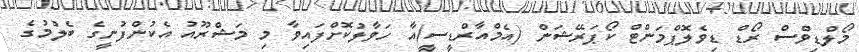
މޯލްޑިވްސް ރޯޑް ޑިވެލޮޕްމަންޓް ކޯޕަރޭޝަން (އެމްއާރްޑީސީ)އާ ހަވާލުކޮށްފައިވާ މި މަޝްރޫއު އެކުންފުނީގެ ބެލުމުގެ